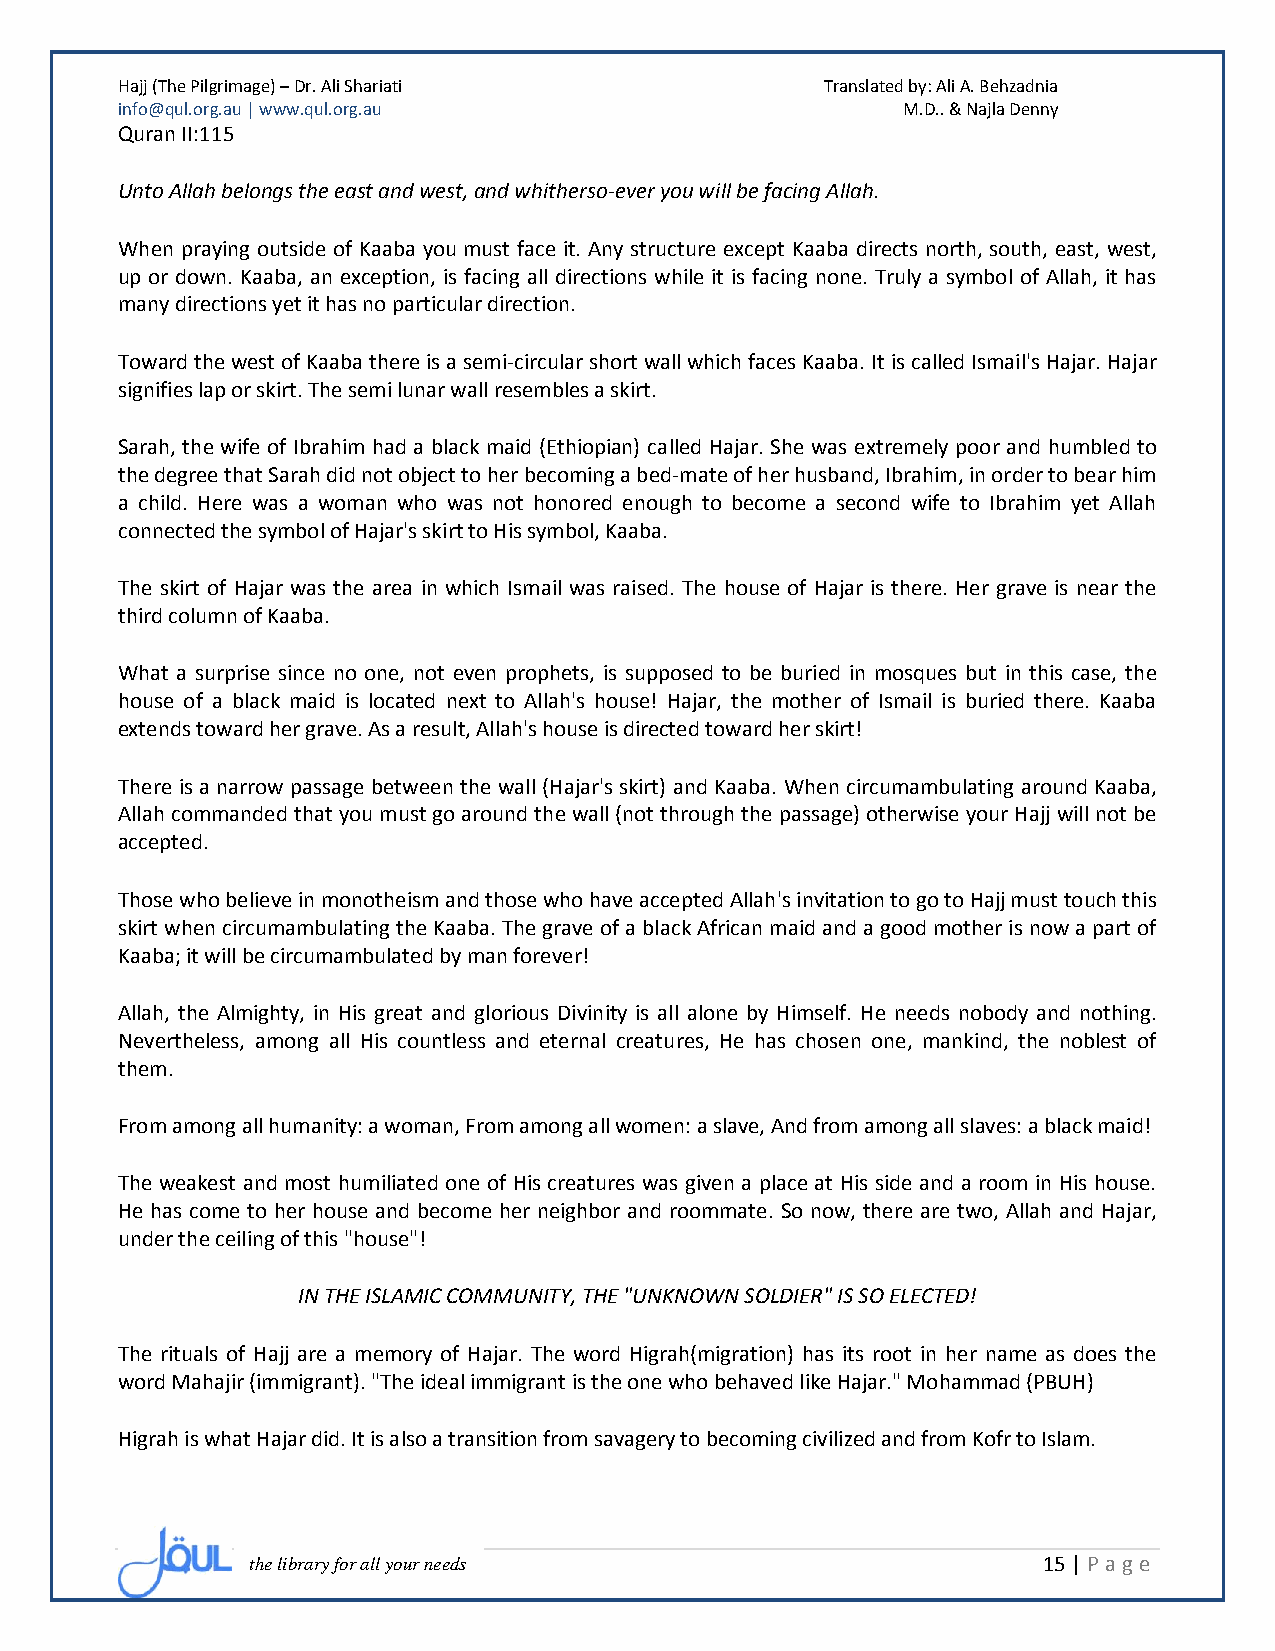
Hajj (The Pilgrimage) – Dr. Ali Shariati       Translated by: Ali A. Behzadnia
 info@qul.org.au | www.qul.org.au                    M.D.. & Najla Denny
 Quran II:115
 Unto Allah belongs the east and west, and whitherso-ever you will be facing Allah.
 When praying outside of Kaaba you must face it. Any structure except Kaaba directs north, south, east, west,
 up or down. Kaaba, an exception, is facing all directions while it is facing none. Truly a symbol of Allah, it has
 many directions yet it has no particular direction.
 Toward the west of Kaaba there is a semi-circular short wall which faces Kaaba. It is called Ismail's Hajar. Hajar
 signifies lap or skirt. The semi lunar wall resembles a skirt.
 Sarah, the wife of Ibrahim had a black maid (Ethiopian) called Hajar. She was extremely poor and humbled to
 the degree that Sarah did not object to her becoming a bed-mate of her husband, Ibrahim, in order to bear him
 a child. Here was a woman who was not honored enough to become a second wife to Ibrahim yet Allah
 connected the symbol of Hajar's skirt to His symbol, Kaaba.
 The skirt of Hajar was the area in which Ismail was raised. The house of Hajar is there. Her grave is near the
 third column of Kaaba.
 What a surprise since no one, not even prophets, is supposed to be buried in mosques but in this case, the
 house of a black maid is located next to Allah's house! Hajar, the mother of Ismail is buried there. Kaaba
 extends toward her grave. As a result, Allah's house is directed toward her skirt!
 There is a narrow passage between the wall (Hajar's skirt) and Kaaba. When circumambulating around Kaaba,
 Allah commanded that you must go around the wall (not through the passage) otherwise your Hajj will not be
 accepted.
 Those who believe in monotheism and those who have accepted Allah's invitation to go to Hajj must touch this
 skirt when circumambulating the Kaaba. The grave of a black African maid and a good mother is now a part of
 Kaaba; it will be circumambulated by man forever!
 Allah, the Almighty, in His great and glorious Divinity is all alone by Himself. He needs nobody and nothing.
 Nevertheless, among all His countless and eternal creatures, He has chosen one, mankind, the noblest of
 them.
 From among all humanity: a woman, From among all women: a slave, And from among all slaves: a black maid!
 The weakest and most humiliated one of His creatures was given a place at His side and a room in His house.
 He has come to her house and become her neighbor and roommate. So now, there are two, Allah and Hajar,
 under the ceiling of this "house"!
 IN THE ISLAMIC COMMUNITY, THE "UNKNOWN SOLDIER" IS SO ELECTED!
 The rituals of Hajj are a memory of Hajar. The word Higrah(migration) has its root in her name as does the
 word Mahajir (immigrant). "The ideal immigrant is the one who behaved like Hajar." Mohammad (PBUH)
 Higrah is what Hajar did. It is also a transition from savagery to becoming civilized and from Kofr to Islam.
 the library for all your needs                      15 | P age